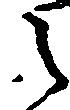
之